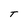
Character: T